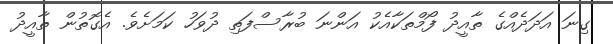
ގިނަ އަދަދެއްގެ ތާއީދު ފޯމްތަކާއެކު އަންނަ ބުރާސްފަތި ދުވަހު ކަމަށެވެ. އެގޮތުން ތާއީދު